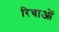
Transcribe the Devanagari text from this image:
रिचाओं